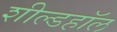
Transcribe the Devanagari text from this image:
शील्डहॉल